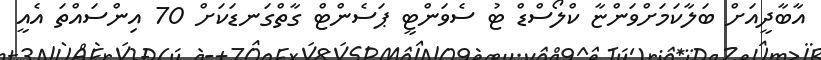
އާބާދީއަށް ބަލާކަމަށްވަންޏާ ކްލޯސްޑް ޓު ސެވަންޓީ ޕަސެންޓް ގާތްގަނޑަކަށް 70 އިންސައްތަ އެއީ